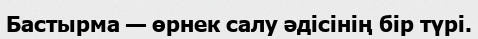
Бастырма — өрнек салу әдісінің бір түрі.